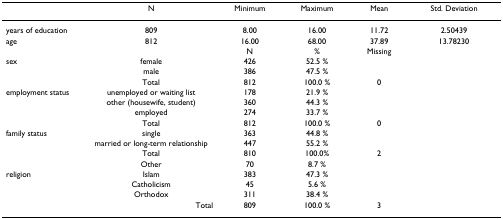
<table><thead><tr><td></td><td><b>N</b></td><td><b>Minimum</b></td><td><b>Maximum</b></td><td><b>Mean</b></td><td><b>Std. Deviation</b></td></tr></thead><tbody><tr><td>years of education</td><td>809</td><td>8.00</td><td>16.00</td><td>11.72</td><td>2.50439</td></tr><tr><td>age</td><td>812</td><td>16.00</td><td>68.00</td><td>37.89</td><td>13.78230</td></tr><tr><td></td><td></td><td>N</td><td>%</td><td>Missing</td><td></td></tr><tr><td>sex</td><td>female</td><td>426</td><td>52.5 %</td><td></td><td></td></tr><tr><td></td><td>male</td><td>386</td><td>47.5 %</td><td></td><td></td></tr><tr><td></td><td>Total</td><td>812</td><td>100.0 %</td><td>0</td><td></td></tr><tr><td>employment status</td><td>unemployed or waiting list</td><td>178</td><td>21.9 %</td><td></td><td></td></tr><tr><td></td><td>other (housewife, student)</td><td>360</td><td>44.3 %</td><td></td><td></td></tr><tr><td></td><td>employed</td><td>274</td><td>33.7 %</td><td></td><td></td></tr><tr><td></td><td>Total</td><td>812</td><td>100.0 %</td><td>0</td><td></td></tr><tr><td>family status</td><td>single</td><td>363</td><td>44.8 %</td><td></td><td></td></tr><tr><td></td><td>married or long-term relationship</td><td>447</td><td>55.2 %</td><td></td><td></td></tr><tr><td></td><td>Total</td><td>810</td><td>100.0%</td><td>2</td><td></td></tr><tr><td></td><td>Other</td><td>70</td><td>8.7 %</td><td></td><td></td></tr><tr><td>religion</td><td>Islam</td><td>383</td><td>47.3 %</td><td></td><td></td></tr><tr><td></td><td>Catholicism</td><td>45</td><td>5.6 %</td><td></td><td></td></tr><tr><td></td><td>Orthodox</td><td>311</td><td>38.4 %</td><td></td><td></td></tr><tr><td></td><td>Total</td><td>809</td><td>100.0 %</td><td>3</td><td></td></tr></tbody></table>